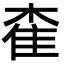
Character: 㮅